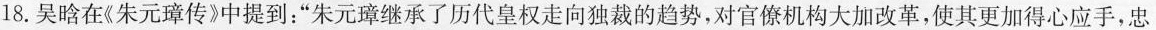
18.吴晗在《朱元璋传》中提到：”朱元璋继承了历代皇权走向独裁的趋势，对官僚机构大加改革，使其更加得心应手，忠